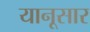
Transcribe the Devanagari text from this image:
यानूसार